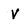
Character: v